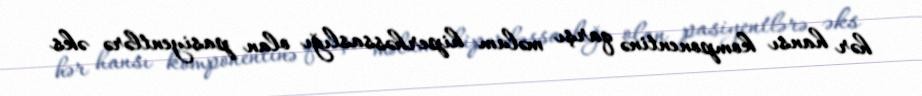
hər hansı komponentinə qarşı məlum hiperhəssaslığı olan pasiyentlərə əks